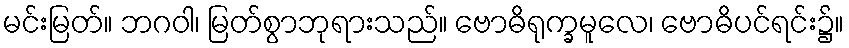
မင်းမြတ်။ ဘဂဝါ၊ မြတ်စွာဘုရားသည်။ ဗောဓိရုက္ခမူလေ၊ ဗောဓိပင်ရင်း၌။